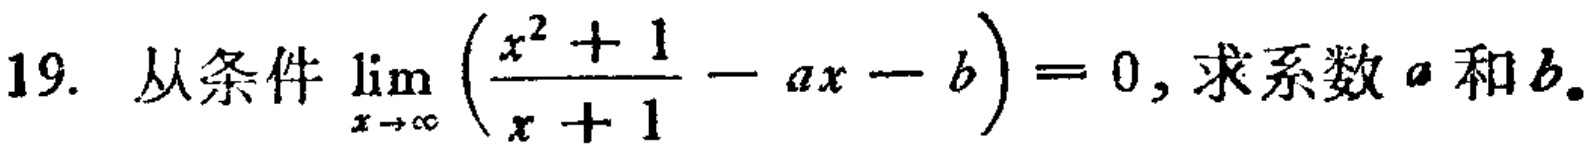
19. 从条件$\lim_{x \to \infty} \left(\frac{x^{2}+1}{x + 1}-ax - b\right)=0$, 求系数$a$和$b$.